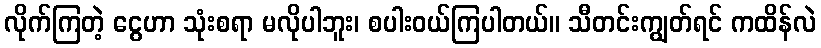
လိုက်ကြတဲ့ ငွေဟာ သုံးစရာ မလိုပါဘူး၊ စပါးဝယ်ကြပါတယ်။ သီတင်းကျွတ်ရင် ကထိန်လဲ